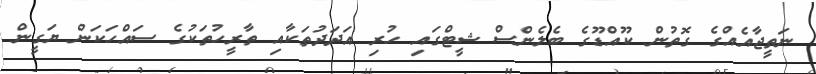
ނަތީޖާއެއްގެ ގޮތުން ކޫއްޑޫގެ ބެލެންސް ޝީޓްގައި ހުރި އަދަދުތަކާއި ތާރީހުތަކުގެ ސައްހަކަން ޔަގީން